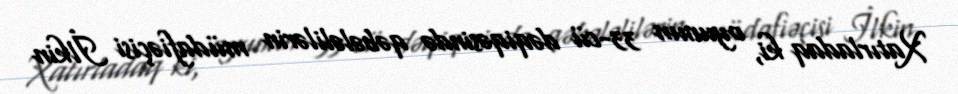
Xatırladaq ki, oyunun 33-cü dəqiqəsində qəbələlilərin müdafiəçisi İlkin